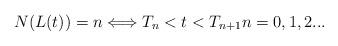
LaTeX: \begin{align*}N(L(t))=n \Longleftrightarrow T_n<t<T_{n+1} n=0,1,2...\end{align*}